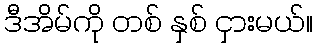
ဒီအိမ်ကို တစ် နှစ် ငှားမယ်။